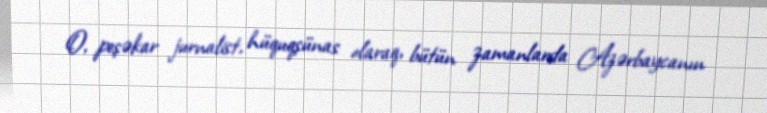
O, peşəkar jurnalist, hüquqşünas olaraq, bütün zamanlarda Azərbaycanın